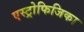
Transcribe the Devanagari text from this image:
एस्ट्रोफिजिका